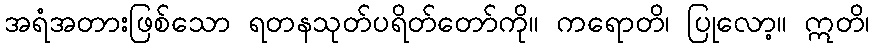
အရံအတားဖြစ်သော ရတနသုတ်ပရိတ်တော်ကို။ ကရောတိ၊ ပြုလော့။ ဣတိ၊